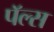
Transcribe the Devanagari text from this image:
पॅल्स